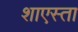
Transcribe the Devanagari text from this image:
शाएस्ता